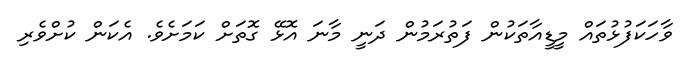
ވާހަކަފުޅުތައް މީޑީއާތަކުން ފަތުރަމުން ދަނީ މާނަ އޮޅޭ ގޮތަށް ކަމަށެވެ. އެކަން ކުށްވެރި